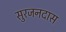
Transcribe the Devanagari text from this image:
सुरजनदास